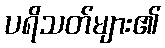
ပရိသတ်များ၏